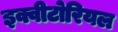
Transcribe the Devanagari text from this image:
इक्वीटोरियल